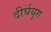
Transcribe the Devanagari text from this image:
दीर्घयुग